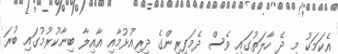
އެކަމަކު މި ދެ ހާލަތުގައި ވެސް ދެމަފިރިންގެ ދިރިއުޅުމާއި އާއިލާ ބިނާކުރުމުގައި ބުރަ